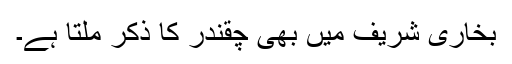
بخاری شریف میں بھی چقندر کا ذکر ملتا ہے۔